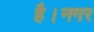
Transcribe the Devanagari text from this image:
है।नगर